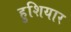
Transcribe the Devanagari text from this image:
हुशियार